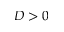
D > 0